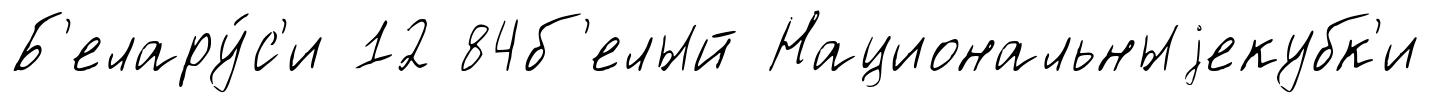
Б'елару́с'и 12 84б'елый Национальныjекубк'и